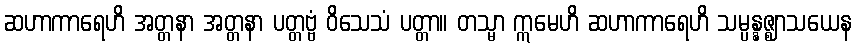
ဆဟာကာရေဟိ အတ္တနာ အတ္တနာ ပတ္တဗ္ဗံ ဝိသေသံ ပတ္တာ။ တသ္မာ ဣမေဟိ ဆဟာကာရေဟိ သမ္ပန္နဇ္ဈာသယေန